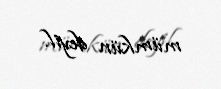
mümkün deyil.